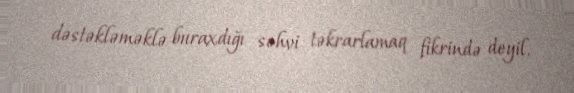
dəstəkləməklə buraxdığı səhvi təkrarlamaq fikrində deyil.